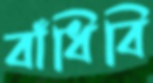
বাঁধিবি